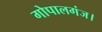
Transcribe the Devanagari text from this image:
गोपालगंज।